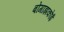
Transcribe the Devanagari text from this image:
बोगाझकोई